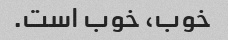
خوب، خوب است.